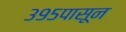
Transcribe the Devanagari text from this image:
३९५पासून